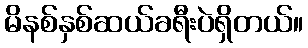
မိနစ်နှစ်ဆယ်ခရီးပဲရှိတယ်။